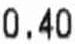
0.40